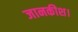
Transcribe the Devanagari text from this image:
जानकीश।